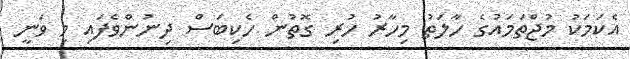
އެކަމަކު މުޖްތަމައުގެ ހާލަތު މިހާރު ހުރި ގޮތުން ހެކިބަސް ދިނުންވެފައި މި ވަނީ